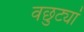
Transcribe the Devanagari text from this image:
वछुट्यां